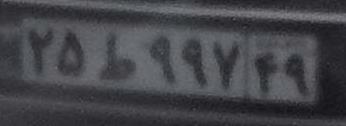
۲۵ط۹۹۷۴۹